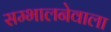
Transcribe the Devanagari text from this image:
सम्भालनेवाला